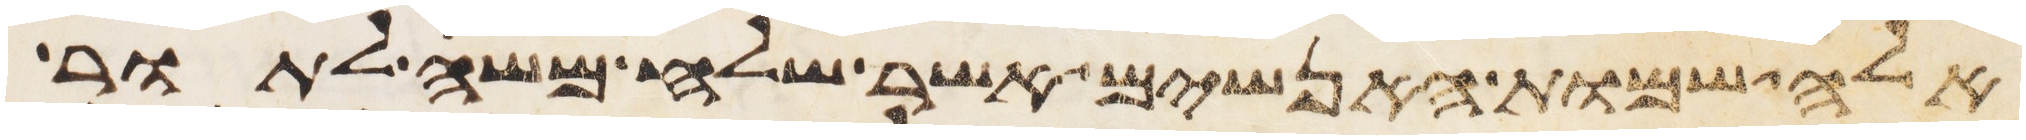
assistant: אלה שמות האנשים אשר שלח משה לתור